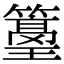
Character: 𥵭